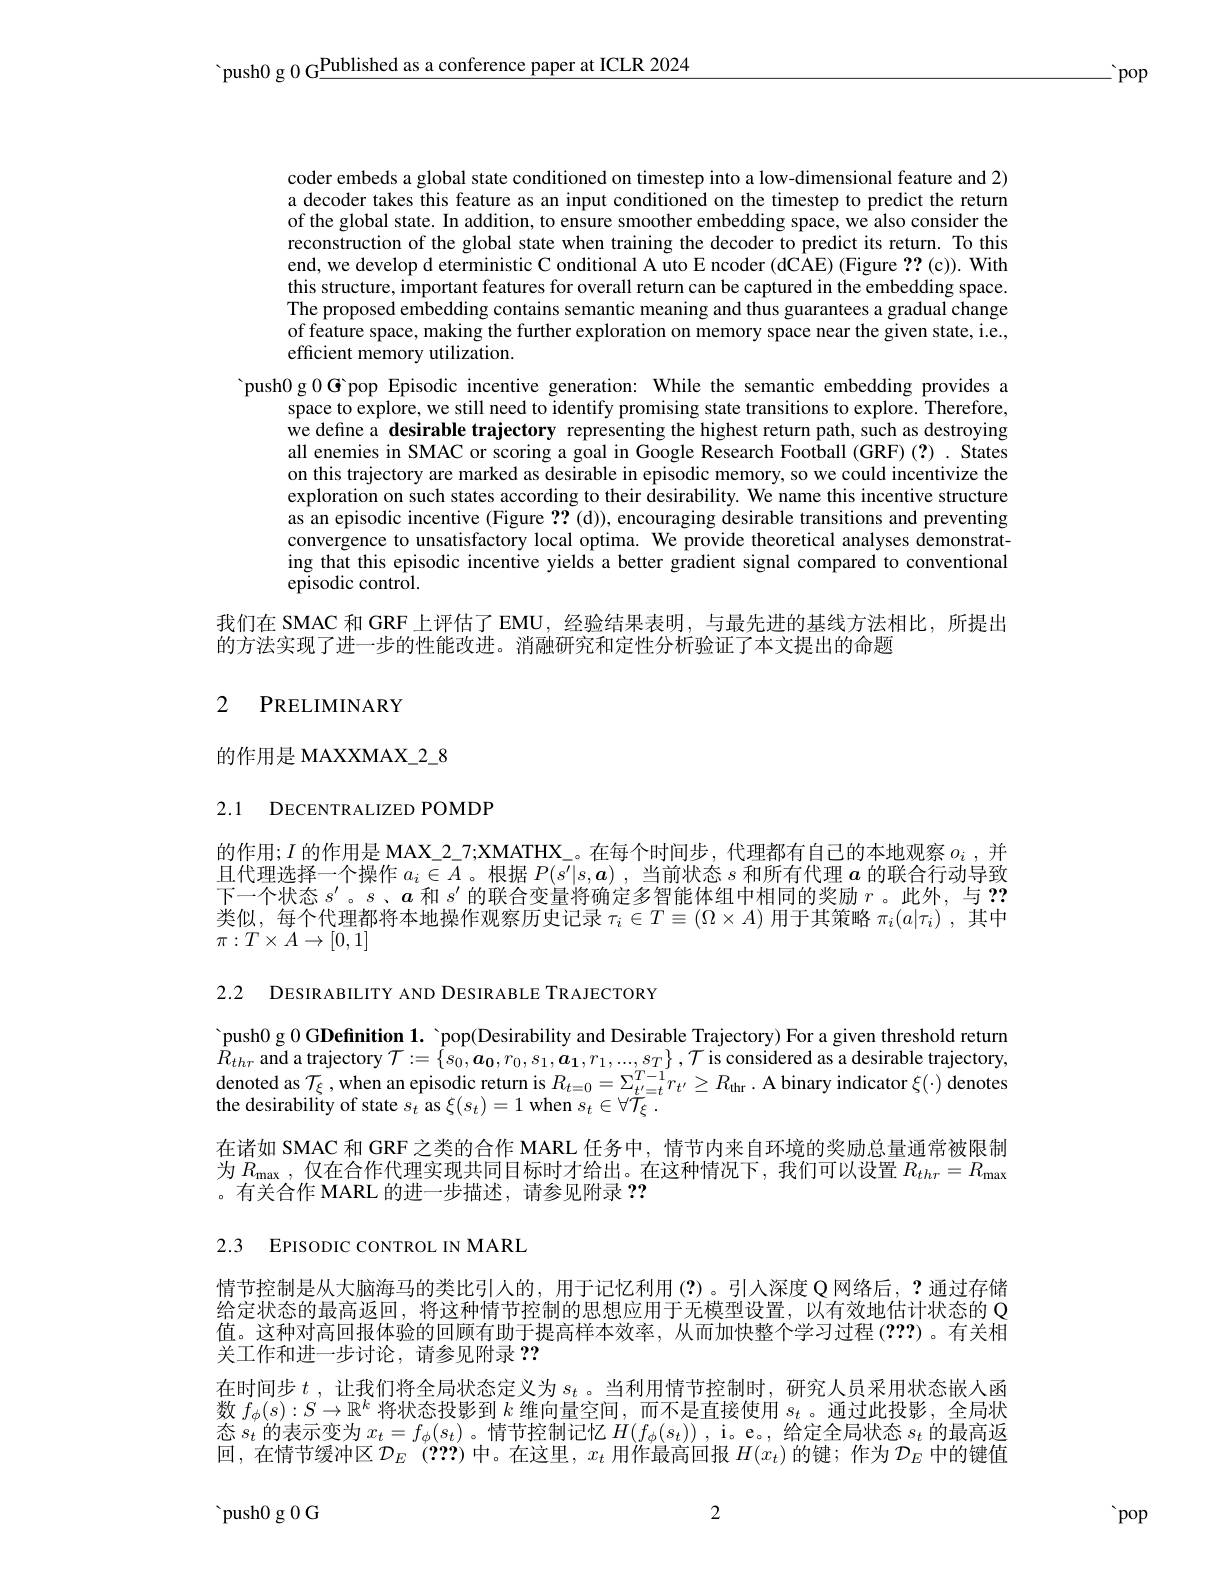
push0 g 0 G$\frac{\text{Published as a conference paper at ICLR 2024}}$

-pop

coder embeds a global state conditioned on timestep into a low-dimensional feature and 2) a decoder takes this feature as an input conditioned on the timestep to predict the return of the global state. In addition, to ensure smoother embedding space, we also consider the reconstruction of the global state when training the decoder to predict its return. To this end, we develop d eterministic C onditional A uto E ncoder (dCAE) (Figure ?? (c)). With this structure, important features for overall return can be captured in the embedding space. The proposed embedding contains semantic meaning and thus guarantees a gradual change of feature space, making the further exploration on memory space near the given state, i.e., efficient memory utilization.

'push0 g 0 G pop Episodic incentive generation: While the semantic embedding provides a
space to explore, we still need to identify promising state transitions to explore. Therefore, we define a desirable trajectory representing the highest return path, such as destroying all enemies in SMAC or scoring a goal in Google Research Football (GRF)(?) . States on this trajectory are marked as desirable in episodic memory, so we could incentivize the exploration on such states according to their desirability. We name this incentive structure as an episodic incentive (Figure ?? ( d) ) , encouraging desirable transitions and preventing convergence to unsatisfactory local optima. We provide theoretical analyses demonstrating that this episodic incentive yields a better gradient signal compared to conventional episodic control.
我们在 SMAC 和 GRF 上评估了 EMU, 经验结果表明，与最先进的基线方法相比，所提出

的方法实现了进一步的性能改进。消融研究和定性分析验证了本文提出的命题

# 2 PRELIMINARY

的作用是 MAXXMAX\_2\_8

2.1 DECENTRALIZED POMDP

的作用；$I$的作用是 MAX\_2\_7;XMATHX\_。在每个时间步，代理都有自己的本地观察$o_i$ ,并且代理选择一个操作$a_i\in A$ 。根据$P(s^\prime|s,\boldsymbol{a})$ ,当前状态$s$和所有代理$a$的联合行动导致下一个状态$s^\prime$。$s$、$a$和$s^\prime$的联合变量将确定多智能体组中相同的奖励$r$ 。此外，与？? 类似，每个代理都将本地操作观察历史记录$\tau_i\in T\equiv(\Omega\times A)$用于其策略$\pi_i(a|\tau_i)$ ,其中$\pi:T\times A\to[0,1]$

2.2 DESIRABILITY AND DESIRABLE TRAJECTORY

push0 g $0\textbf{GDefinition 1. }$ 'pop(Desirability and Desirable Trajectory) For a given threshold return $\hat{R} _{thr}$ and a trajectory$\mathcal{T} : = \left \{ s_{0}, \boldsymbol{a}_{0}, r_{0}, s_{1}, \boldsymbol{a}_{1}, r_{1}, \ldots , s_{T}\right \} , \mathcal{T}$ is considered as a desirable trajectory, denoted as $\mathcal{T} _{\xi }$,when an episodic return is $R_{t= 0}= \Sigma _{t^{\prime }= t}^{T- 1}r_{t^{\prime }}\geq R_{\mathrm{thr}}\cdot$A binary indicat the desirability of state $s_t$ as $\xi(s_t)=1$ when $s_t\in \forall \mathcal{T} _\xi$ .
在诸如 SMAC 和 GRF 之类的合作 MARL 任务中，情节内来自环境的奖励总量通常被限制为$R_\mathrm{max}$ ,仅在合作代理实现共同目标时才给出。在这种情况下，我们可以设置$R_thr=R_\mathrm{max}$ 。有关合作 MARL 的进一步描述，请参见附录？?

2.3 EPISODIC CONTROL IN MARL

情节控制是从大脑海马的类比引人的，用于记忆利用(?)。引人深度 Q 网络后，?通过存储给定状态的最高返回，将这种情节控制的思想应用于无模型设置，以有效地估计状态的 Q 值。这种对高回报体验的回顾有助于提高样本效率，从而加快整个学习过程(???)。有关相关工作和进一步讨论，请参见附录？?
在时间步$t$,让我们将全局状态定义为$s_t$ 。当利用情节控制时，研究人员采用状态嵌人函数$f_\phi(s):S\to\mathbb{R}^k$将状态投影到$k$维向量空间，而不是直接使用$s_t$。通过此投影，全局状态$s_t$的表示变为$x_t=f_\phi(s_t)$ 。情节控制记忆$H(f_\phi(s_t))$ ,i。e。, 给定全局状态$s_t$的最高返回，在情节缓冲区$\mathcal{D}_E$ (???)中。在这里，$x_t$用作最高回报$H(x_t)$的键；作为$\mathcal{D}_E$中的键值

2

${\mathrm{~push}0\mathrm{~g~0~G}}$

pop